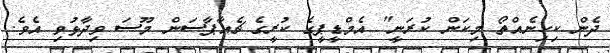
ދެން ކިހިނެއްތޯ މިކަން ކުރަނީ" އެމްޑީޕީގެ ކުރީގެ ޗެއާޕާސަން މޫސަ ވިދާޅުވި އެވެ.